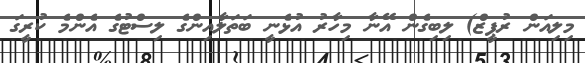
މިލިއަން ރުޕީޒް) ލިބިގެން އޭނާ މިހާރު އުޅެނީ ބަތަލާއިންގެ ލިސްޓުގެ އެންމެ ކުރީގަ